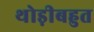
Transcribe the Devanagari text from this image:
थोड़ीबहुत